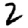
Digit: 2